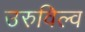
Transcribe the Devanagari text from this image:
उरुविल्व